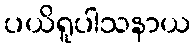
ပယိရူပါသနာယ